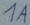
Text: 1A